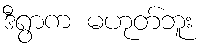
ဒီရွာက မဟုတ်ဘူး